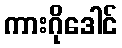
ကားဂိုဒေါင်